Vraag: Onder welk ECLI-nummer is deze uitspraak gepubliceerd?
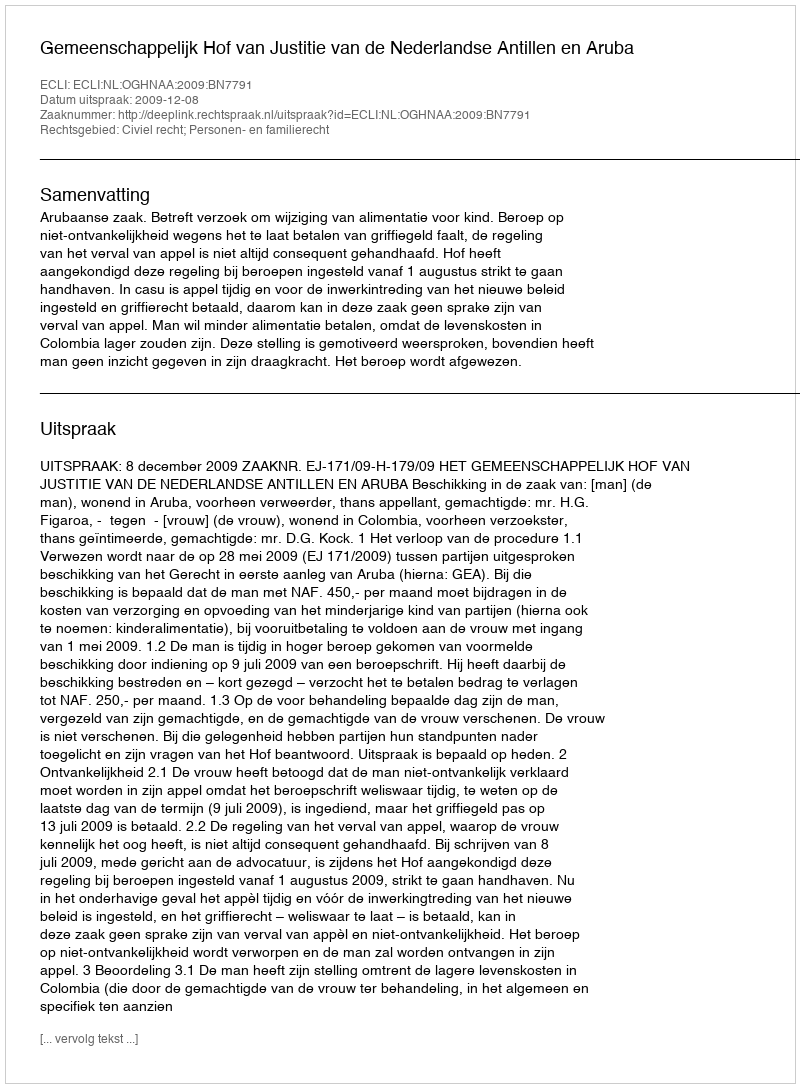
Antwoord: ECLI:NL:OGHNAA:2009:BN7791